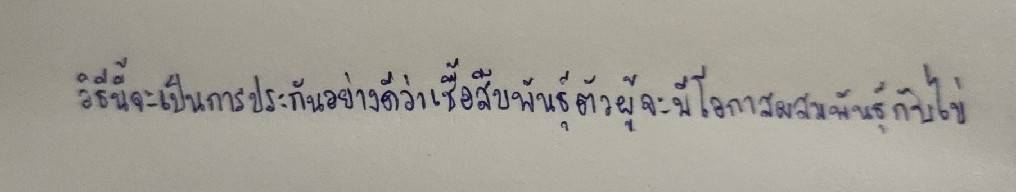
วิธีนี้จะเป็นการประกันอย่างดีว่าเชื้อสืบพันธุ์ตัวผู้จะมีโอกาสผสมพันธุ์กับไข่